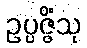
ဥပ္ပဇ္ဇိံသု